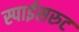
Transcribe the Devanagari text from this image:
स्पाईसरुट